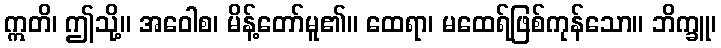
ဣတိ၊ ဤသို့။ အဝေါစ၊ မိန့်တော်မူ၏။ ထေရာ၊ မထေရ်ဖြစ်ကုန်သော။ ဘိက္ခူ၊